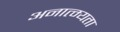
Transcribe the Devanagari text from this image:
अनात्म्यता